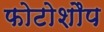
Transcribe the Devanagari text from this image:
फोटोशौप